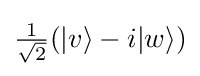
{\textstyle {\frac {1}{\sqrt {2}}}(|v\rangle -i|w\rangle )}